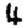
Digit: 4